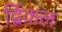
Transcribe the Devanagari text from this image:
द्विंकल